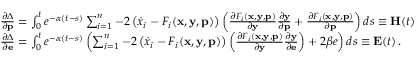
\begin{array} { r l } & { \frac { \partial \Delta } { \partial \mathbf { p } } = \int _ { 0 } ^ { t } e ^ { - \alpha ( t - s ) } \sum _ { i = 1 } ^ { n } - 2 \left( \dot { x } _ { i } - F _ { i } ( \mathbf { x } , \mathbf { y } , \mathbf { p } ) \right) \left( \frac { \partial F _ { i } ( \mathbf { x } , \mathbf { y } , \mathbf { p } ) } { \partial \mathbf { y } } \frac { \partial \mathbf { y } } { \partial \mathbf { p } } + \frac { \partial F _ { i } ( \mathbf { x } , \mathbf { y } , \mathbf { p } ) } { \partial \mathbf { p } } \right) d s \equiv \mathbf { H } ( t ) } \\ & { \frac { \partial \Delta } { \partial \mathbf { e } } = \int _ { 0 } ^ { t } e ^ { - \alpha ( t - s ) } \left( \sum _ { i = 1 } ^ { n } - 2 \left( \dot { x } _ { i } - F _ { i } ( \mathbf { x } , \mathbf { y } , \mathbf { p } ) \right) \left( \frac { \partial F _ { i } ( \mathbf { x } , \mathbf { y } , \mathbf { p } ) } { \partial \mathbf { y } } \frac { \partial \mathbf { y } } { \partial \mathbf { e } } \right) + 2 \beta e \right) d s \equiv \mathbf { E } ( t ) \, . } \end{array}